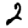
Digit: 2